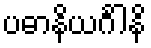
ပဓာနိယင်္ဂါနိ